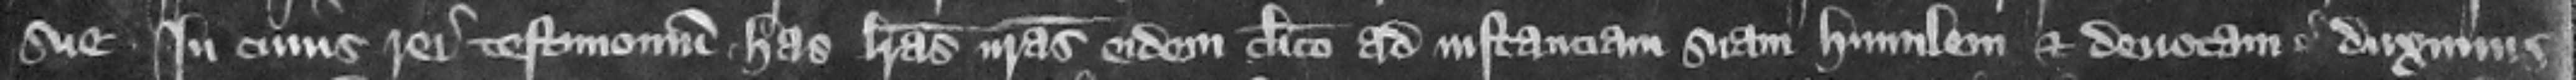
sue. In cuius rei testimonium has litteras nostras eidem clerico ad instanciam suam humilem et deuotam duximus